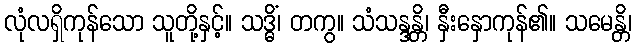
လုံလရှိကုန်သော သူတို့နှင့်။ သဒ္ဓိံ၊ တကွ။ သံသန္ဒန္တိ၊ နှီးနှောကုန်၏။ သမေန္တိ၊